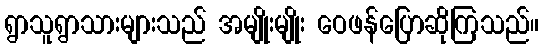
ရွာသူရွာသားများသည် အမျိုးမျိုး ဝေဖန်ပြောဆိုကြသည်။